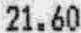
21.60